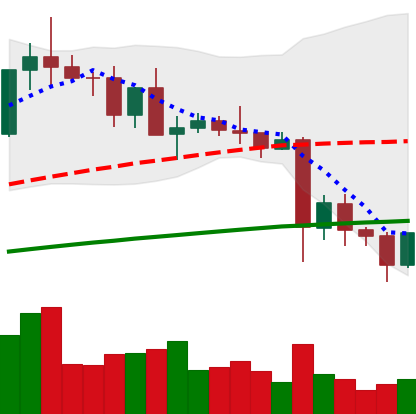
Ticker: TRX-USD
Chart end date: 2021-05-24
Forward return: -10.349%
Label: down_7plus